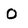
Character: o